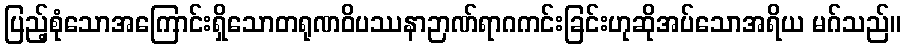
ပြည့်စုံသောအကြောင်းရှိသောတရုဏဝိပဿနာဉာဏ်ရာဂကင်းခြင်းဟုဆိုအပ်သောအရိယ မဂ်သည်။